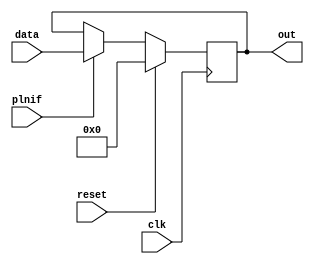
module RNIF (data, plnif, reset, clk, out);

    input plnif, clk, reset;
    input [15:0] data;
    output reg [15:0] out;

    always @(posedge clk)
    begin
        if(reset)
        begin
            out <= 16'b0;
        end else begin
            if(plnif) begin
                out <= data;
            end
        end
    end

endmodule